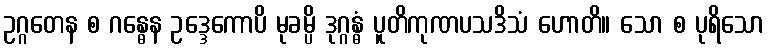
ဥဂ္ဂတေန စ ဂန္ဓေန ဥဒ္ဒေကောပိ မုခမ္ပိ ဒုဂ္ဂန္ဓံ ပူတိကုဏပသဒိသံ ဟောတိ။ သော စ ပုရိသော